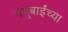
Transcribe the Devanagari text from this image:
गंगूबाईंच्या